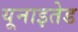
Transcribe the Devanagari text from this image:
यूनाइतेड